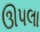
ઊપલા